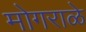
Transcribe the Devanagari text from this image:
मोगराळे